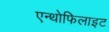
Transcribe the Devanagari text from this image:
एन्थोफिलाइट